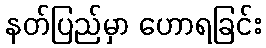
နတ်ပြည်မှာ ဟောရခြင်း